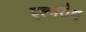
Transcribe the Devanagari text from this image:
एल्मरोथ